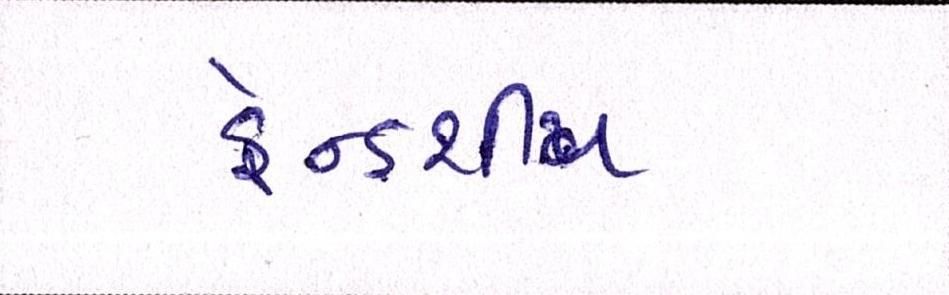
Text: ફ્રેન્ડશીપ